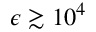
\epsilon \gtrsim 1 0 ^ { 4 }